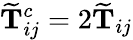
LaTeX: \mathbf{\widetilde{T}}_{ij}^{c}=2\mathbf{\widetilde{T}}_{ij}